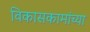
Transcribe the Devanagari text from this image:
विकासकामांच्या